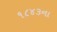
૧૮૪૩ના